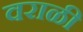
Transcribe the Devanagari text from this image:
वराळी